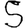
Digit: 5